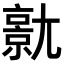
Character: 𡰗